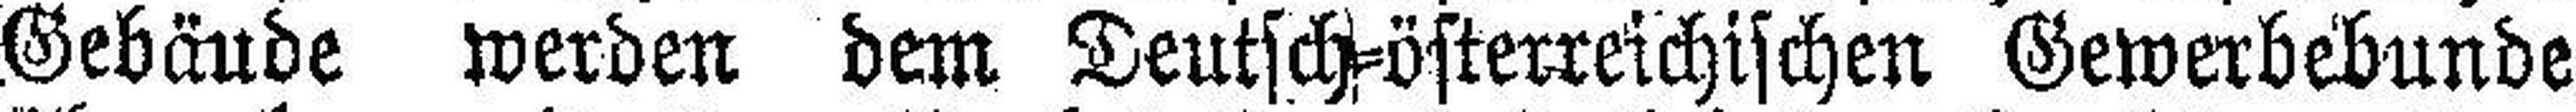
Gebäude werden dem Deutsch=österreichischen Gewerbebunde